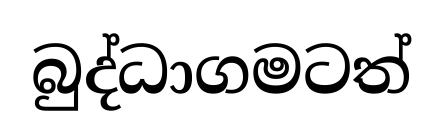
බුද්ධාගමටත්